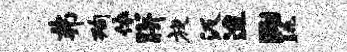
弗洵依胼旋汲迨黝眺